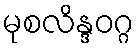
မုစလိန္ဒဝဂ္ဂ